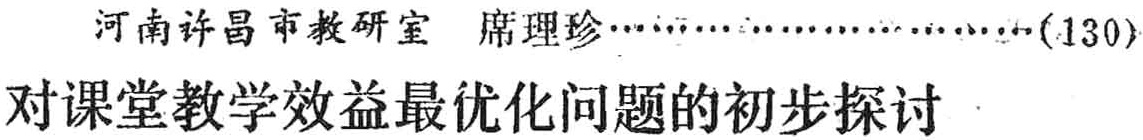
河南许昌市教研室 席理珍\cdots\cdots\cdots\cdots\cdots\cdots\cdots\cdots(130)\\

对课堂教学效益最优化问题的初步探讨